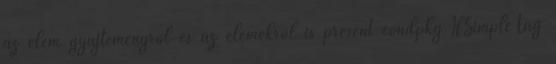
az elem gyűjteményről és az elemekről is present condpkg.IfSimpleTag